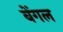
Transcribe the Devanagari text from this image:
बेंगल